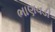
ભાણવડી